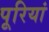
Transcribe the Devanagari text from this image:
पूरियां